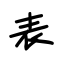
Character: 表